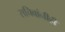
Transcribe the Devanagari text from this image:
सचिवांनीही